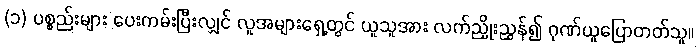
(၁) ပစ္စည်းများ ပေးကမ်းပြီးလျှင် လူအများရှေ့တွင် ယူသူအား လက်ညှိုးညွှန်၍ ဂုဏ်ယူပြောတတ်သူ။